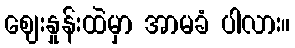
ဈေးနှုန်းထဲမှာ အာမခံ ပါလား။